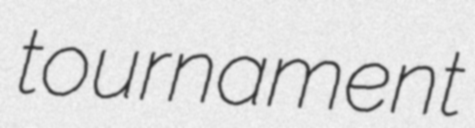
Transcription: tournament